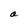
Character: a